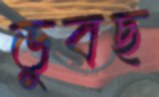
ডুবছ